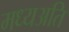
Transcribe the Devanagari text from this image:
मध्यअति